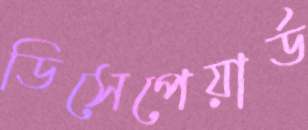
ডিসেপেয়ার্ড